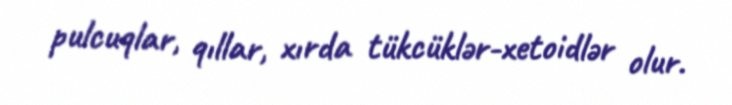
pulcuqlar, qıllar, xırda tükcüklər-xetoidlər olur.